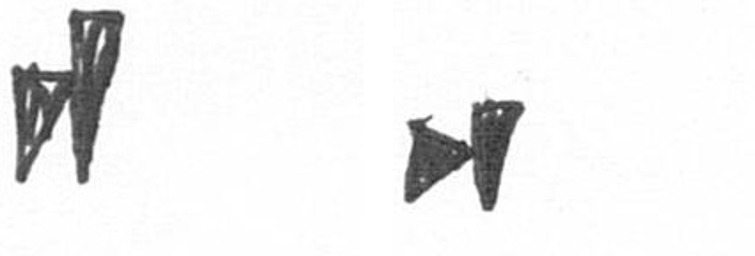
M M